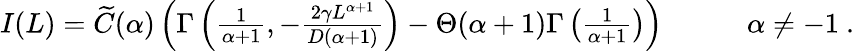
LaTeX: \begin{array}{rl}{I(L)=\widetilde{C}(\alpha)\left(\Gamma\left(\frac{1}{\alpha+1},-\frac{2\gamma L^{\alpha+1}}{D(\alpha+1)}\right)-\Theta(\alpha+1)\Gamma\left(\frac{1}{\alpha+1}\right)\right)}&{{}\qquad\alpha\neq-1\ .}\end{array}